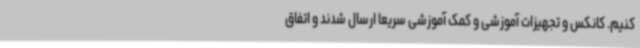
کنیم. کانکس و تجهیزات آموزشی و کمک آموزشی سریعا ارسال شدند و اتفاق